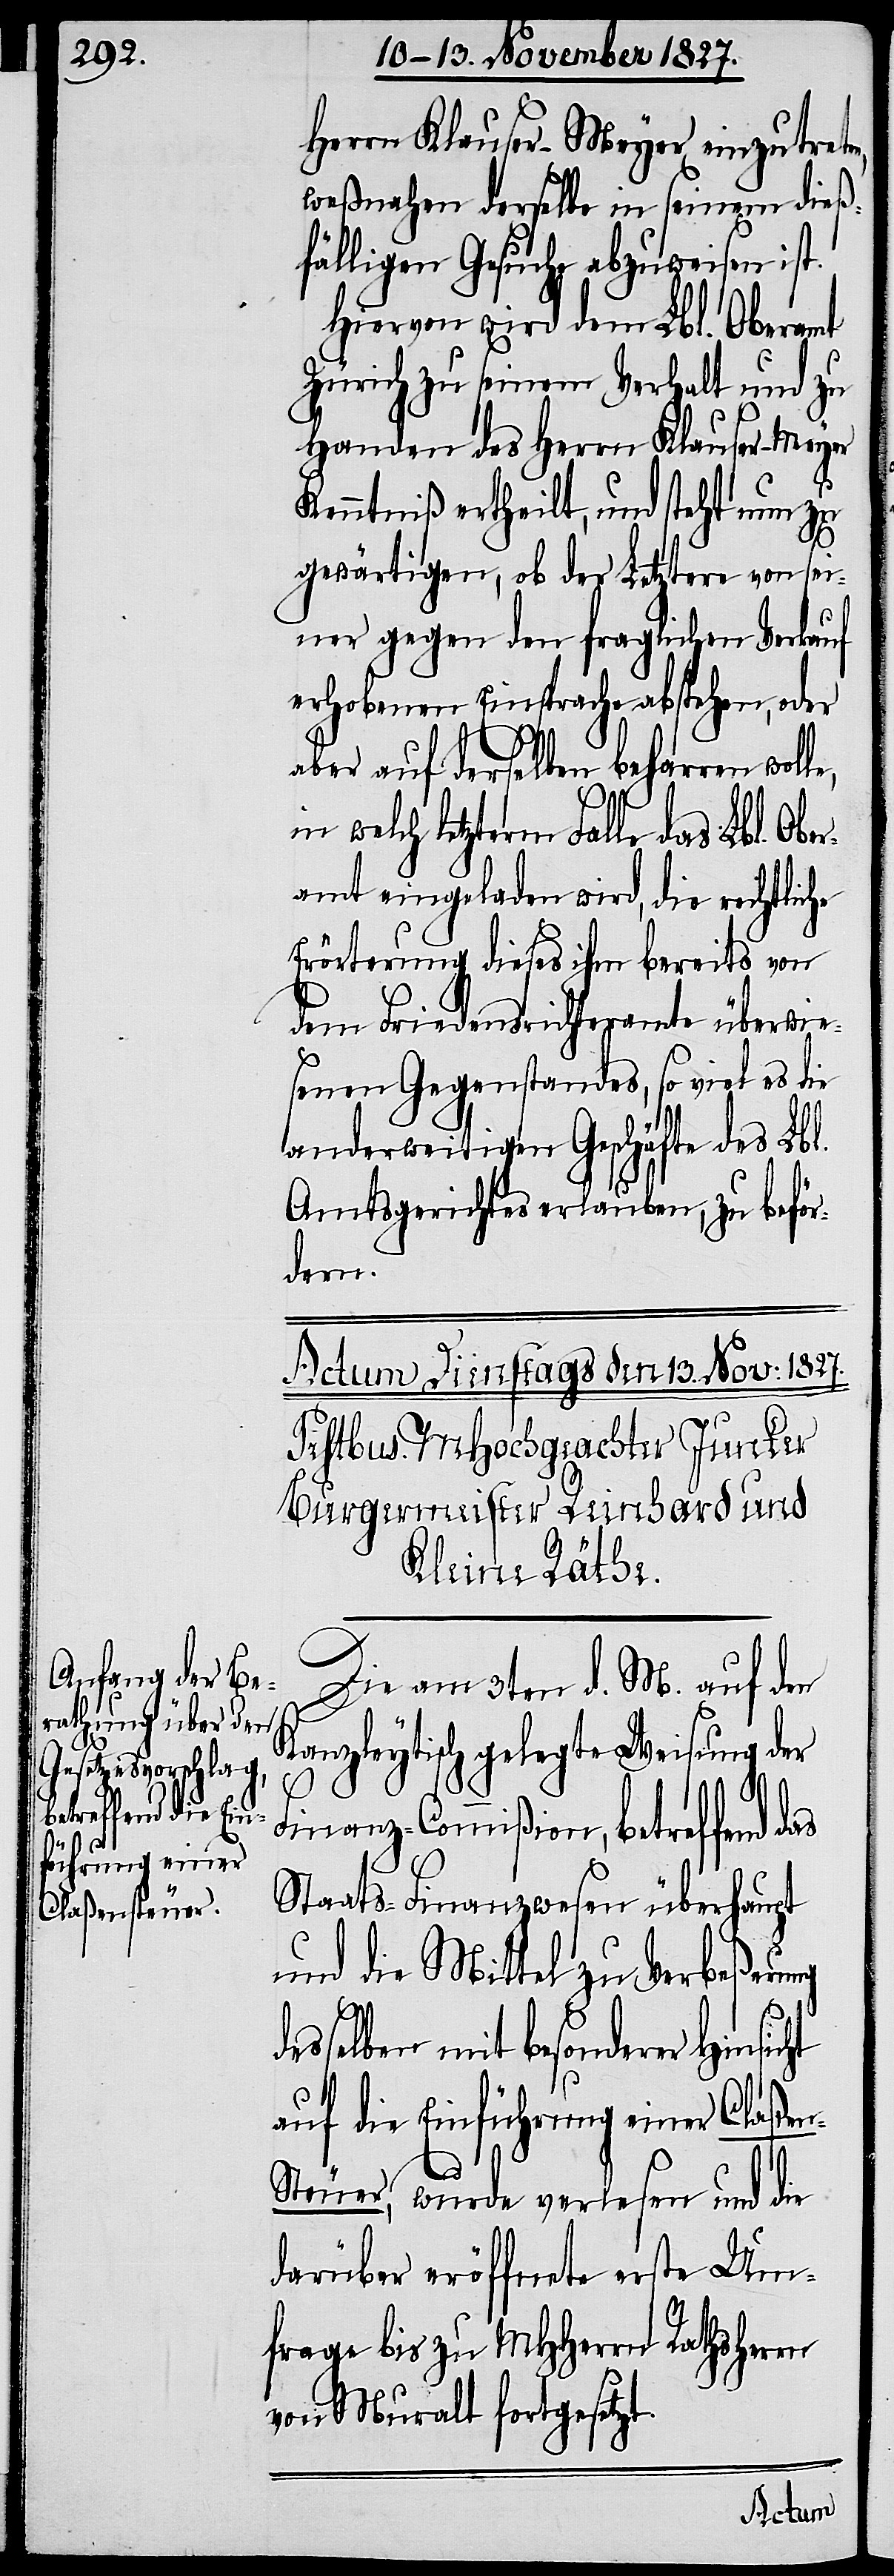
Herrn Klauser-Meyer einzutrete¬
weßnahen derselbe in seinem dieß¬
fälligen Gesuche abzuweisen ist.
Hiervon wird dem Lbl. Oberamt
Zürich zu seinem Verhalt und zu
Handen des Herrn Klauser-Meyer
Kenntniß ertheilt, und steht nun zu
gewärtigen, ob der Letztere von sei¬
ner gegen den fraglichen Verkauf
erhobenen Einsprache abstehen, oder
d¬
n-S¬
aber auf derselben beharren wolle,
das
in welch letzterm Falle das Lbl. Ober¬
amt eingeladen wird, die rechtliche
Erörterung dieses ihm bereits von
dem Friedensrichteramte überwie¬
senen Gegenstandes, so viel es die
anderweitigen Geschäfte des Lbl.
Amtsgerichtes erlauben, zu beför¬
dern.
Die am 3ten d. M. auf den
Kanzleytisch gelegte Weisung der
Finanz-Commißion, betreffend
Staats-Finanzwesen überhaupt
und die Mittel zu Verbeßerung
esselben mit besonderer Hinsicht
auf die Einführung einer Claße¬
teuer, wurde verlesen und die
darüber eröffnete erste Um¬
frage bis zu MHHerrn Rathsherrn
von Muralt fortgesetzt.